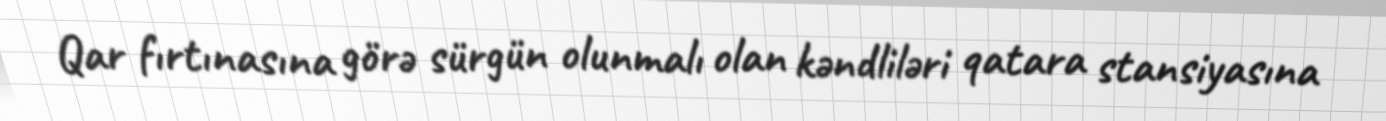
Qar fırtınasına görə sürgün olunmalı olan kəndliləri qatara stansiyasına